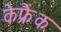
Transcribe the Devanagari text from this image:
केफ्रैंक